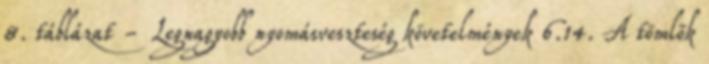
8. táblázat - Legnagyobb nyomásveszteség követelmények 6.14. A tömlõk